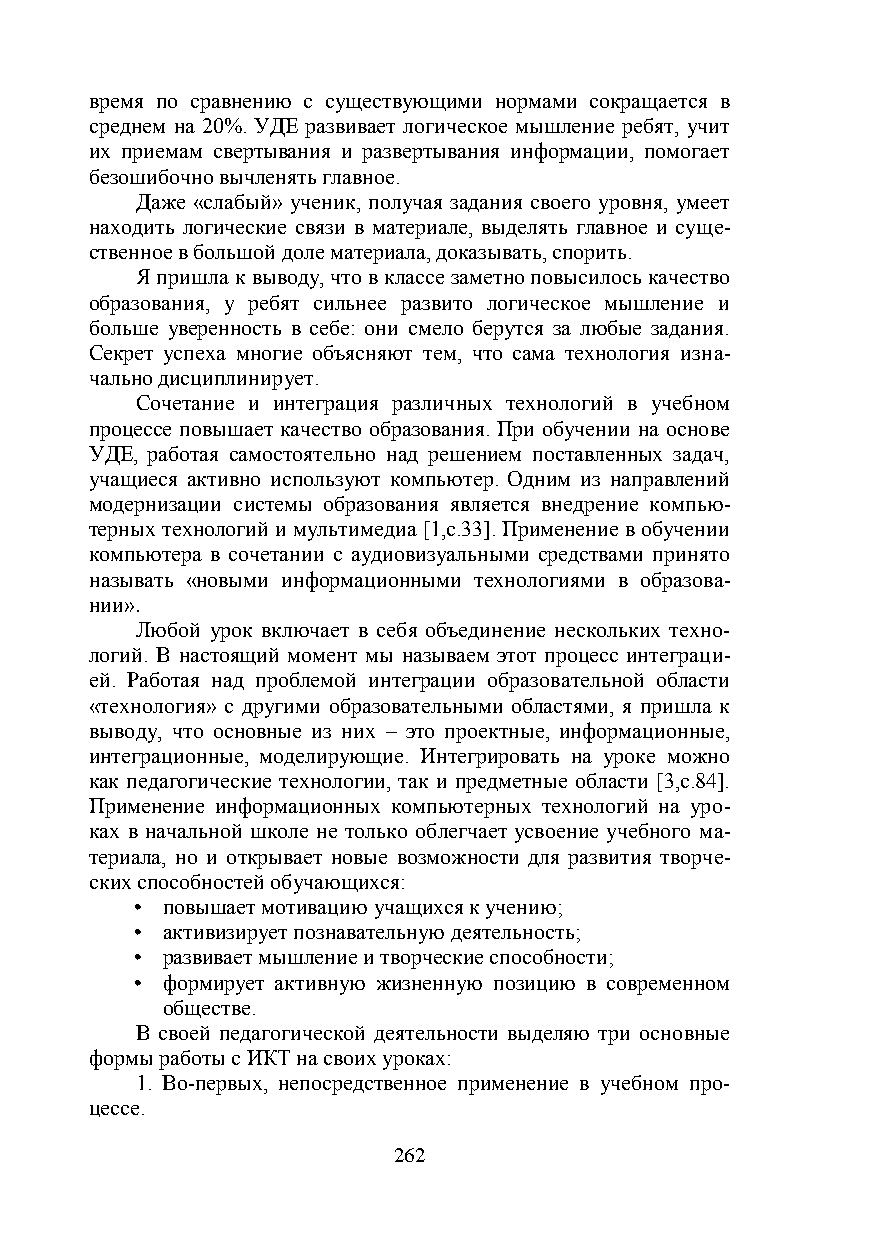
время по сравнению с существующими нормами сокращается в
 среднем на 20%. УДЕ развивает логическое мышление ребят, учит
 их приемам свертывания и развертывания информации, помогает
 безошибочно вычленять главное.
 Даже «слабый» ученик, получая задания своего уровня, умеет
 находить логические связи в материале, выделять главное и суще-
 ственное в большой доле материала, доказывать, спорить.
 Я пришла к выводу, что в классе заметно повысилось качество
 образования, у ребят сильнее развито логическое мышление и
 больше уверенность в себе: они смело берутся за любые задания.
 Секрет успеха многие объясняют тем, что сама технология изна-
 чально дисциплинирует.
 Сочетание и интеграция различных технологий в учебном
 процессе повышает качество образования. При обучении на основе
 УДЕ, работая самостоятельно над решением поставленных задач,
 учащиеся активно используют компьютер. Одним из направлений
 модернизации системы образования является внедрение компью-
 терных технологий и мультимедиа [1,с.33]. Применение в обучении
 компьютера в сочетании с аудиовизуальными средствами принято
 называть «новыми информационными технологиями в образова-
 нии».
 Любой урок включает в себя объединение нескольких техно-
 логий. В настоящий момент мы называем этот процесс интеграци-
 ей. Работая над проблемой интеграции образовательной области
 «технология» с другими образовательными областями, я пришла к
 выводу, что основные из них – это проектные, информационные,
 интеграционные, моделирующие. Интегрировать на уроке можно
 как педагогические технологии, так и предметные области [3,с.84].
 Применение информационных компьютерных технологий на уро-
 ках в начальной школе не только облегчает усвоение учебного ма-
 териала, но и открывает новые возможности для развития творче-
 ских способностей обучающихся:
 • повышает мотивацию учащихся к учению;
 • активизирует познавательную деятельность;
 • развивает мышление и творческие способности;
 • формирует активную жизненную позицию в современном
 обществе.
 В своей педагогической деятельности выделяю три основные
 формы работы с ИКТ на своих уроках:
 1. Во-первых, непосредственное применение в учебном про-
 цессе.
 262